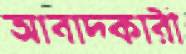
আবাদকারী